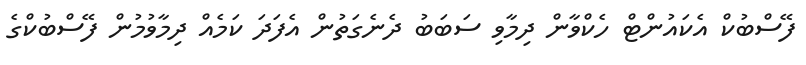
ފޭސްބުކް އެކައުންޓް ހެކްވާން ދިމާވި ސަބަބު ދެނެގަތުން އެފަދަ ކަމެއް ދިމާވުމުން ފޭސްބުކްގެ